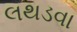
લથડવા